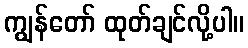
ကျွန်တော် ထုတ်ချင်လို့ပါ။